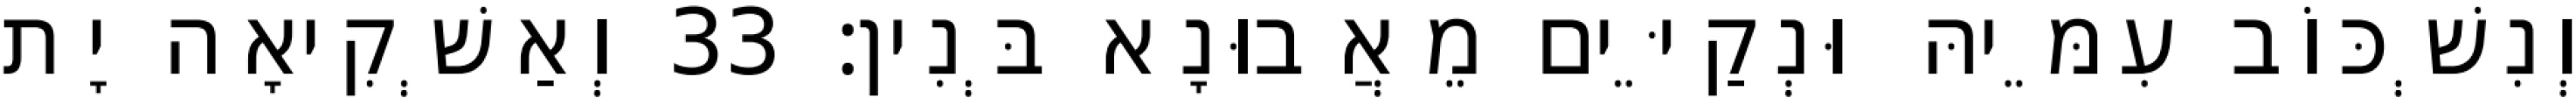
וְנִשְׁכּוֹב עִמֵּיהּ וּנְקַיֵּים מֵאֲבוּנָא בְּנִין׃ 33 וְאַשְׁקִיאָה יָת